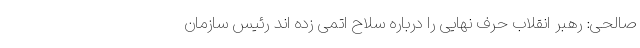
صالحی: رهبر انقلاب حرف نهایی را درباره سلاح اتمی زده ‌اند رئیس سازمان